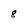
Character: 8